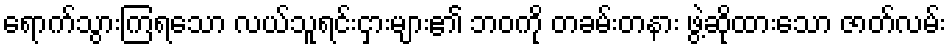
ရောက်သွားကြရသော လယ်သူရင်းငှားများ၏ ဘဝကို တခမ်းတနား ဖွဲ့ဆိုထားသော ဇာတ်လမ်း